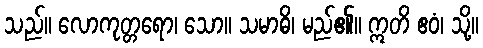
သည်။ လောကုတ္တရော၊ သော။ သမာဓိ၊ မည်၏။ ဣတိ ဧဝံ၊ သို့။